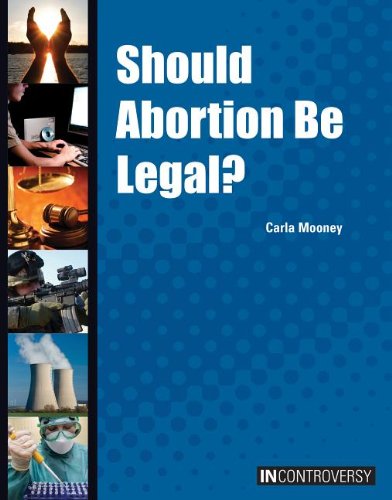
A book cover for Should Abortion Be Legal? (In Controversy); Carla Mooney; Teen & Young Adult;